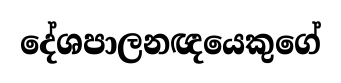
දේශපාලනඥයෙකුගේ